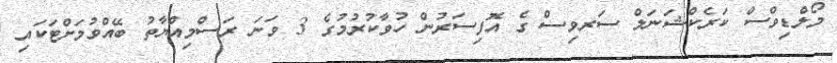
މޯލްޑިވްސް ކަރެކްޝަނަލް ސަރވިސް ގެ އޮފިސަރުން ހުވާކުރުމުގެ 3 ވަނަ ރަސްމިއްޔާތު ބޭއްވުމަށްޓަކައި